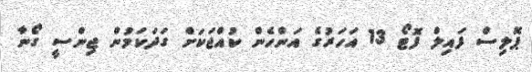
ޕޮލިސް ފައިލް ފޮޓޯ 13 އަހަރުގެ އަންހެން ކުއްޖަކަށް ގަދަކަމުން ޖިންސީ ގޯނާ